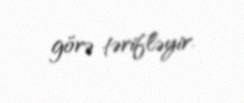
görə tərifləyir.